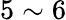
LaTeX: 5\sim 6